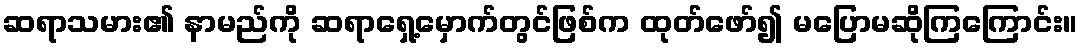
ဆရာသမား၏ နာမည်ကို ဆရာရှေ့မှောက်တွင်ဖြစ်က ထုတ်ဖော်၍ မပြောမဆိုကြကြောင်း။